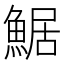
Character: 䱟